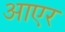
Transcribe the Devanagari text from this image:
आएर